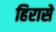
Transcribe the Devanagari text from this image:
हिरासे